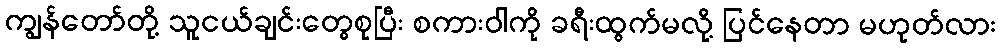
ကျွန်တော်တို့ သူငယ်ချင်းတွေစုပြီး စကားဝါကို ခရီးထွက်မလို့ ပြင်နေတာ မဟုတ်လား